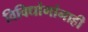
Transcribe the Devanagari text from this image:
विविधांगांनाही